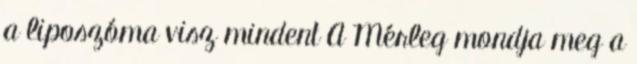
a liposzóma visz mindent A Mérleg mondja meg a